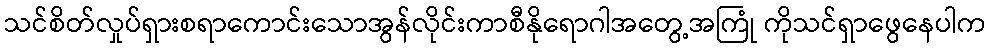
သင်စိတ်လှုပ်ရှားစရာကောင်းသောအွန်လိုင်းကာစီနိုရောဂါအတွေ့အကြုံ ကိုသင်ရှာဖွေနေပါက